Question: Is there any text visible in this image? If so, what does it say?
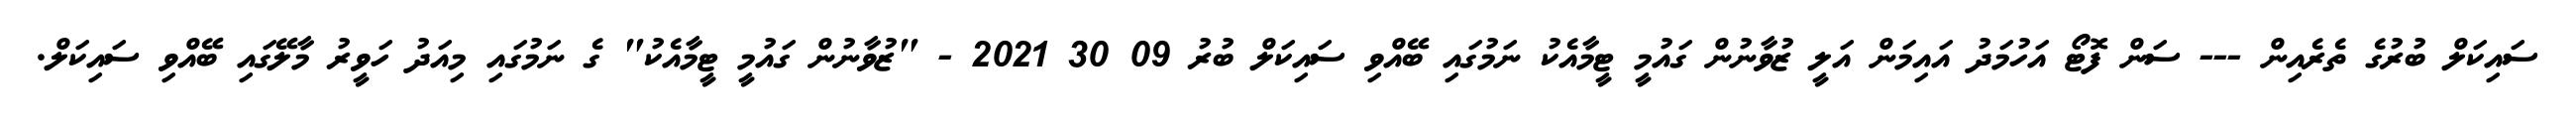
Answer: ސައިކަލް ބުރުގެ ތެރެއިން --- ސަން ފޮޓޯ އަހުމަދު އައިމަން އަލީ ޒުވާނުން ގައުމީ ޓީމާއެކު ނަމުގައި ބޭއްވި ސައިކަލް ބުރު 09 30 2021 - "ޒުވާނުން ގައުމީ ޓީމާއެކު" ގެ ނަމުގައި މިއަދު ހަވީރު މާލޭގައި ބޭއްވި ސައިކަލް.